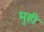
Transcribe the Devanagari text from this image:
मुही